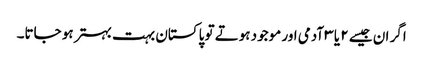
اگر ان جیسے ۲ یا ۳ آدمی اور موجود ہوتے تو پاکستان بہت بہتر ہو جاتا۔